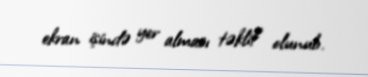
ekran işində yer alması təklif olunub.